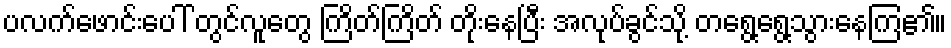
ပလက်ဖောင်းပေါ် တွင်လူတွေ ကြိတ်ကြိတ် တိုးနေပြီး အလုပ်ခွင်သို့ တရွေ့ရွေ့သွားနေကြ၏။